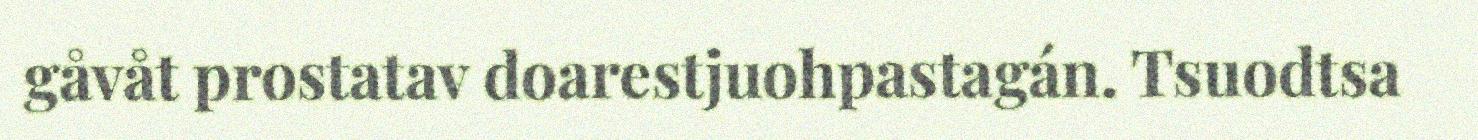
gåvåt prostatav doarestjuohpastagán. Tsuodtsa